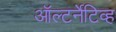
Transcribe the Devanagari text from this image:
ऑल्टर्नेटिव्ह